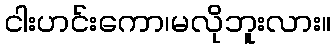
ငါးဟင်းကော၊မလိုဘူးလား။